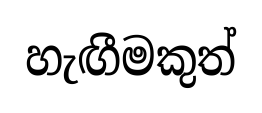
හැඟීමකුත්